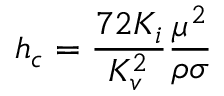
h _ { c } = \frac { 7 2 K _ { i } } { K _ { v } ^ { 2 } } \frac { \mu ^ { 2 } } { \rho \sigma }